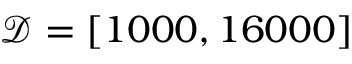
\mathcal { D } = [ 1 0 0 0 , 1 6 0 0 0 ]